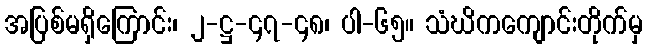
အပြစ်မရှိကြောင်း၊ ၂-ဋ္ဌ-၄၇-၄၈၊ ပါ-၆၅။ သံဃိကကျောင်းတိုက်မှ